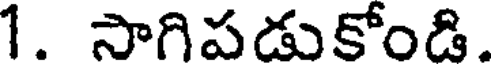
1. సాగిపడుకోండి.